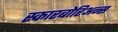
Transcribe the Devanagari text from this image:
स्कारबोरिअन्स